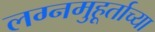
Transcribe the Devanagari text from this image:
लग्नमुहूर्ताच्या